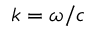
k = \omega / c